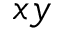
x y